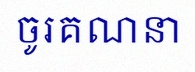
ចូរគណនា